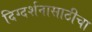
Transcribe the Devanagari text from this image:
दिग्दर्शनासाठीचा